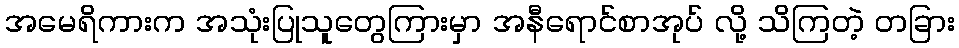
အမေရိကားက အသုံးပြုသူတွေကြားမှာ အနီရောင်စာအုပ် လို့ သိကြတဲ့ တခြား